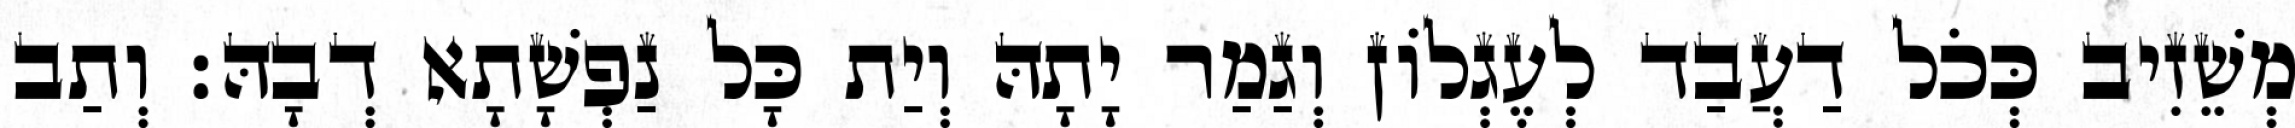
מְשֵׁזִיב כְּכֹל דַעֲבַד לְעֶגְלוֹן וְגַמַר יָתָהּ וְיַת כָּל נַפְשָׁתָא דְבָהּ׃ וְתַב